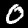
Label: 0